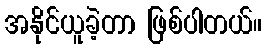
အနိုင်ယူခဲ့တာ ဖြစ်ပါတယ်။